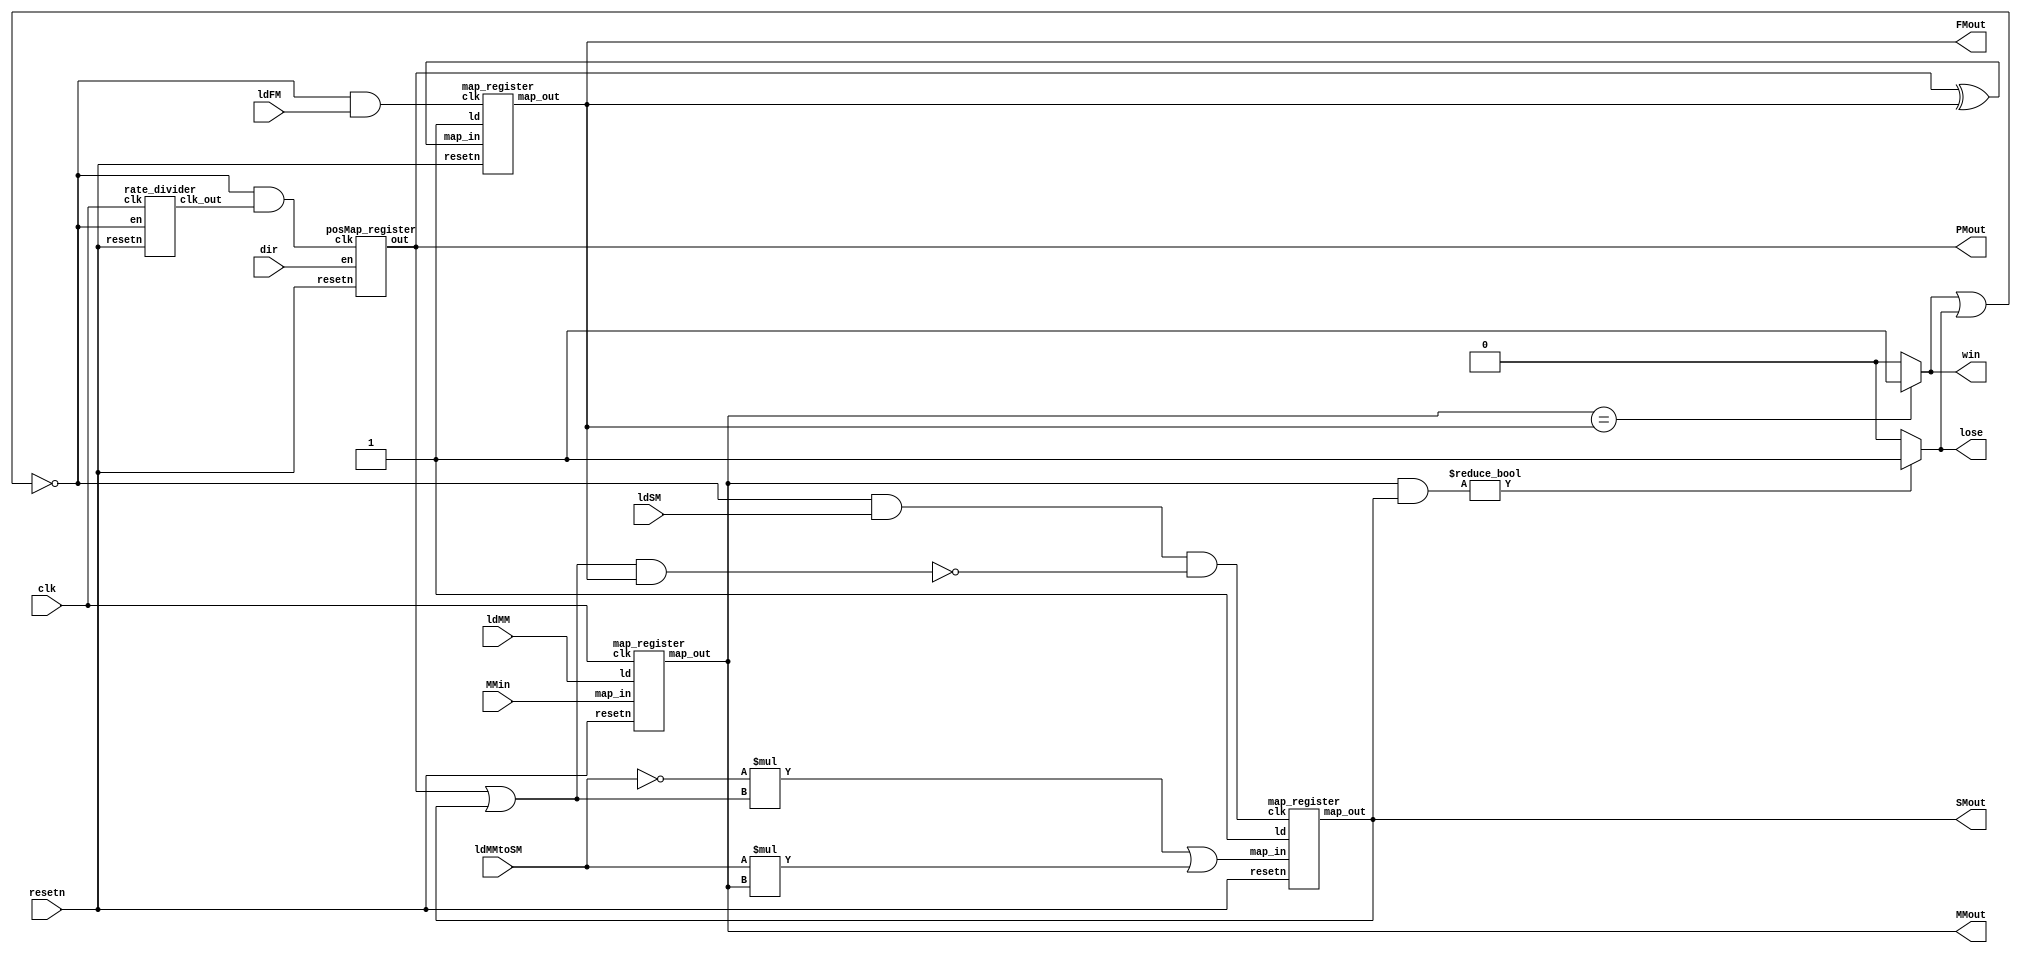
module datapath(
	input clk,
	input resetn,
	input ldMM,
  input ldMMtoSM,
  input ldFM,
  input ldSM,
	input [63:0] MMin,
	input [1:0] dir,
	output win,
	output lose,
	output [63:0] MMout,
	output [63:0] FMout,
	output [63:0] SMout,
	output [63:0] PMout
	);
	wire [24:0] RD;
	wire PM_EN;

	map_register FM(     // Flag Map
		.clk(~(win | lose) && ldFM),
		.resetn(resetn),
		.ld(1'b1),
		//.map_in(64'b10),
		.map_in(PMout ^ FMout),
		.map_out(FMout));
	map_register SM(     // Step Map
		.clk(~(win | lose) && ldSM && (((PMout | SMout) & FMout) == 64'b0)),
		.resetn(resetn),
		.ld(1'b1),
		//.map_in(64'b1),
		.map_in(~ldMMtoSM * (PMout | SMout) | ldMMtoSM * (MMout)),
		.map_out(SMout));
	map_register MM(      // Mine Map
		.clk(clk),
		.resetn(resetn),
		.ld(ldMM),
		.map_in(MMin),
		.map_out(MMout));

//	posMap_register PM(  // Postion Map
//		.clk(clk),
//		.resetn(resetn),
//		.dir(dir),
//		.out(PMout));

	posMap_register PM(  // Postion Map
		.clk(~(win | lose) && PM_EN),
		.resetn(resetn),
		.en(dir),
		.out(PMout));

//	map_shift_reg posMap_reg(
//	 	.d(dir[0]),
//	 	.en(1'b1),
//	 	.resetn(resetn),
//	 	.clk(dir[1]),
//	 	.out(PMout)
//	 	);

	rate_divider rd0(  // Rate divider for Postion Map
		.clk(clk),
		.resetn(resetn),
		.en(~(win | lose) && 1'b1),
		.clk_out(PM_EN));

  assign win = (MMout == FMout) ? 1'b1 : 1'b0;
  assign lose = ((MMout & SMout) != 64'b0) ? 1'b1 : 1'b0;
endmodule

module posMap_register(
	input clk,
	input resetn,
	input [1:0] en, // 1=up, 2=right, 4=down, 8=left
	output reg [63:0] out
	);
	always @ (posedge clk, negedge resetn)
		if(!resetn)
			out <= 64'b1;
		else begin
			if (en[0])	// right
				out <= {out[62:0],out[63]};
			else if (en[1]) // left
				out <= {out[0], out[63:1]};
			else
				out <= out;
		end
endmodule

module rate_divider(
	input clk, resetn, en,
	output reg clk_out);

	reg [23:0] divider;
	always @(posedge clk)
	begin
		if (!resetn || divider == 24'b0) begin
			divider <= 24'b101111101011110000011111;
			clk_out <= 1'b1;
			end
		else begin
			divider <= divider - 1'b1;
			clk_out <= 1'b0;
		end

	end
endmodule

module map_register(
	input clk,
	input resetn,
	input ld,
	input [63:0] map_in,
	output reg [63:0] map_out
	);
	always @(posedge clk) begin
		if (!resetn)
			map_out <= 64'b0;
		else if (ld)
			map_out <= map_in;
		else
			map_out <= map_out;
	end
endmodule